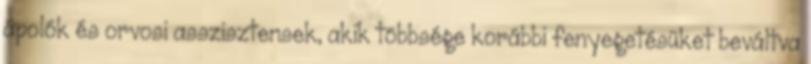
ápolók és orvosi asszisztensek, akik többsége korábbi fenyegetésüket beváltva